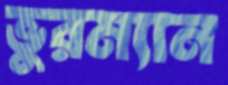
ভুরম্যান